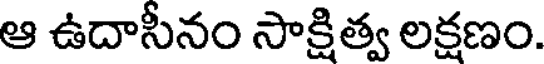
ఆ ఉదాసీనం సాక్షిత్వ లక్షణం.